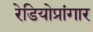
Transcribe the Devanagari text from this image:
रेडियोप्रांगार